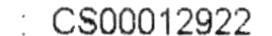
: CS00012922